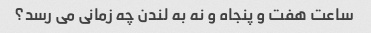
ساعت هفت و پنجاه و نه به لندن چه زمانی می رسد؟